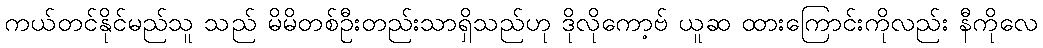
ကယ်တင်နိုင်မည်သူ သည် မိမိတစ်ဦးတည်းသာရှိသည်ဟု ဒိုလိုကော့ဗ် ယူဆ ထားကြောင်းကိုလည်း နီကိုလေ